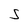
Character: 5